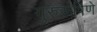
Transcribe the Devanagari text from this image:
गुरुरूपिणे